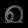
Digit: ၈